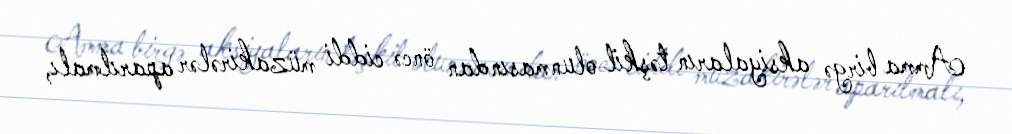
Amma birgə aksiyaların təşkil olunmasından öncə ciddi müzakirələr aparılmalı,